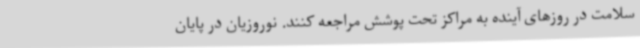
سلامت در روزهای آینده به مراکز تحت پوشش مراجعه کنند. نوروزیان در پایان